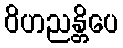
ဝိဟညန္တိပေ